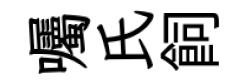
囑氏飼